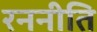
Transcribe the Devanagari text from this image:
रननीति